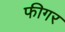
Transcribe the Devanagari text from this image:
फीगर